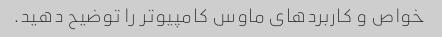
خواص و کاربردهای ماوس کامپیوتر را توضیح دهید.